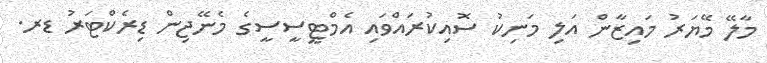
މާލޭ މޭޔަރު މައިޒާން އަލި މަނިކު ސޮއިކުރައްވައި އެމްޓީސީސީގެ މެނޭޖިން ޑިރެކްޓަރު ޑރ.